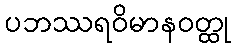
ပဘဿရဝိမာနဝတ္ထု